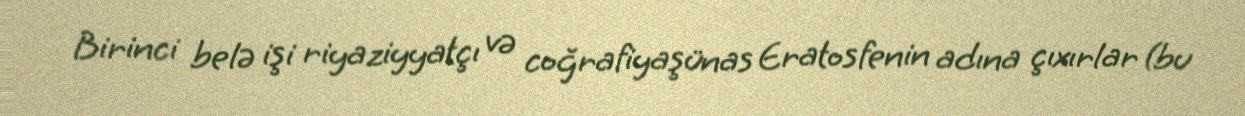
Birinci belə işi riyaziyyatçı və coğrafiyaşünas Eratosfenin adına çıxırlar (bu